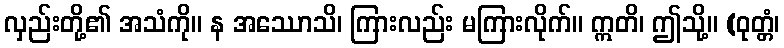
လှည်းတို့၏ အသံကို။ န အဿောသိ၊ ကြားလည်း မကြားလိုက်။ ဣတိ၊ ဤသို့။ (ဝုတ္တံ၊